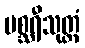
မစ္ဆရီသုတ္တံ